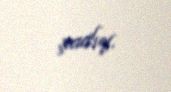
şadıq.